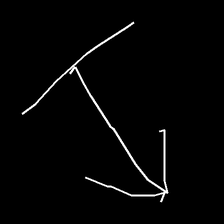
Glyph: levitation